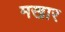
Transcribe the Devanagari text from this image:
मखार